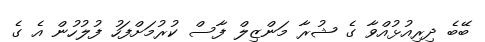
ބޭބެ ދިރިއުޅުއްވާ ގެ ޝުރާ މަންޒިލް ފާސް ކުރުމަށްފަހު ފުުލުހުން އެ ގެ